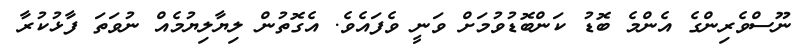
ނޫސްވެރިންގެ އެންމެ ބޮޑު ކަންބޮޑުވުމަށް ވަނީ ވެފައެވެ. އެގޮތުން ލިޔާލިޔުމެއް ނުވަތަ ފާޅުކުރާ